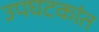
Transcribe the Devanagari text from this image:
उपघटकांत